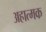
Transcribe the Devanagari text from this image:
अहात्मक